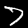
Label: 7